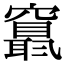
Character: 𥨬